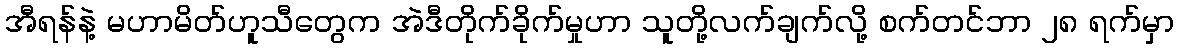
အီရန်နဲ့ မဟာမိတ်ဟူသီတွေက အဲဒီတိုက်ခိုက်မှုဟာ သူတို့လက်ချက်လို့ စက်တင်ဘာ ၂၈ ရက်မှာ